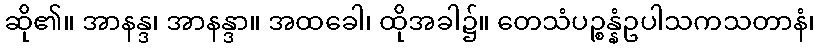
ဆို၏။ အာနန္ဒ၊ အာနန္ဒာ။ အထခေါ၊ ထိုအခါ၌။ တေသံပဉ္စန္နံဥပါသကသတာနံ၊